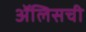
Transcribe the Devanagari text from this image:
ॲलिसची